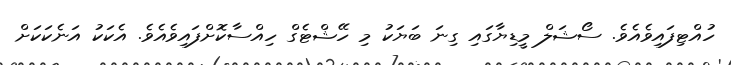
ހުއްޓިފައިވެއެވެ. ސޯޝަލް މީޑިޔާގައި ގިނަ ބަޔަކު މި ހޭޝްޓެގް ހިއްސާކޮށްފައިވެއެވެ. އެކަކު އަނެކަކަށް